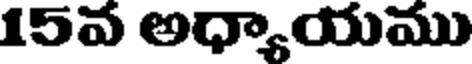
15వ అధ్యాయము